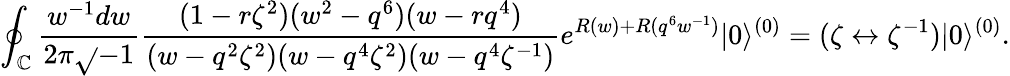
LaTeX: \oint_{\mathbb{C}}\frac{{w^{-1}dw}}{{2\pi\sqrt{}{{-1}}}}\frac{{(1-r\zeta^{2})(w^{2}-q^{6})(w-rq^{4})}}{{(w-q^{2}\zeta^{2})(w-q^{4}\zeta^{2})(w-q^{4}\zeta^{-1})}}e^{R(w)+R(q^{6}w^{-1})}|0\rangle^{(0)}=(\zeta\leftrightarrow\zeta^{-1})|0\rangle^{(0)}.